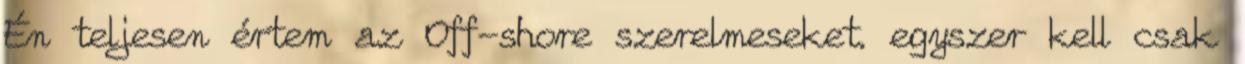
Én teljesen értem az Off-shore szerelmeseket. egyszer kell csak